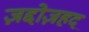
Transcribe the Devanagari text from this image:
ज़द्दोज़हद